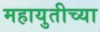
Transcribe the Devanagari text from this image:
महायुतीच्या